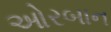
ઓરબાન